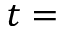
t =